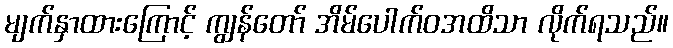
မျက်နှာထားကြောင့် ကျွန်တော် အိမ်ပေါက်ဝအထိသာ လိုက်ရသည်။